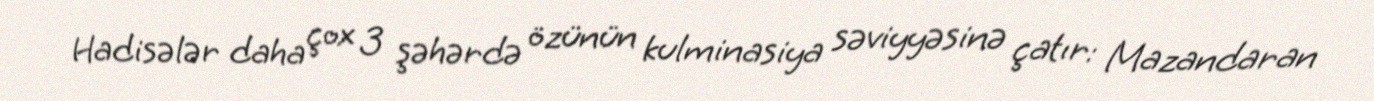
Hadisələr daha çox 3 şəhərdə özünün kulminasiya səviyyəsinə çatır: Mazandaran